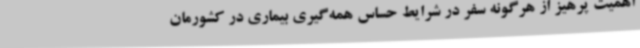
اهمیت پرهیز از هرگونه سفر در شرایط حساس همه‌گیری بیماری در کشورمان